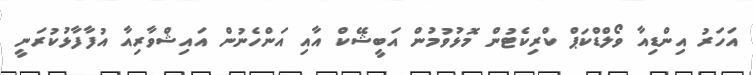
އަހަރު އިންޑިއާ ވޯލްޑްކަޕް ކްރިކެޓުން މޮޅުވުމުން އަބީޝޭކް އާއި އަންހެނުން އައިޝްވާރިއާ އުފާފާޅުކުރަނީ